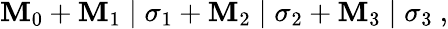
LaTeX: \mathbf{M}_{0}+\mathbf{M}_{1}\mid\sigma_{1}+\mathbf{M}_{2}\mid\sigma_{2}+\mathbf{M}_{3}\mid\sigma_{3}~,